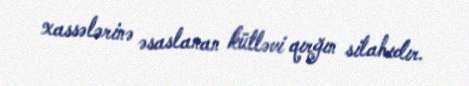
xassələrinə əsaslanan kütləvi qırğın silahıdır.